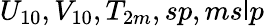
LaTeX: U_{10},V_{10},T_{2m},sp,ms\mathsf{l}p